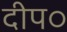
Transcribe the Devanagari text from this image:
दीप०